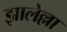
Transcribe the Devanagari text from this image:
झालेल्ला